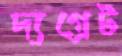
দ্যগ্রেট